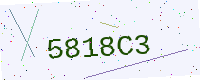
Text: 5818C3